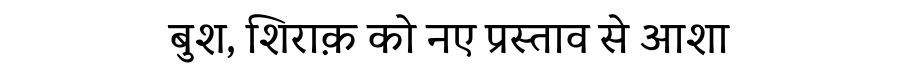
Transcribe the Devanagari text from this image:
बुश, शिराक़ को नए प्रस्ताव से आशा